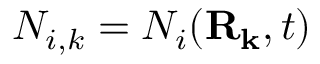
N _ { i , k } = N _ { i } ( \mathbf { \mathbf { R } _ { k } } , t )